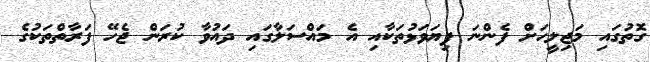
ގޮތުގައި މަޖިލީހަށް ފެންނަ ފިޔަވަޅުތަކާއި އެ މައްސަލާގައި ދައުވާ ކުރަން ޖެހޭ ފަރާތްތަކުގެ